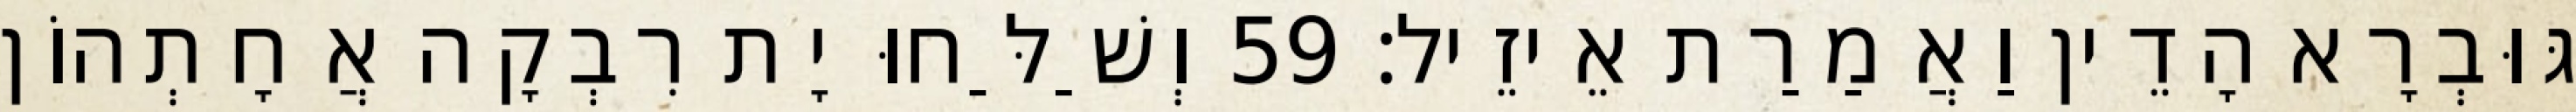
גּוּבְרָא הָדֵין וַאֲמַרַת אֵיזֵיל׃ 59 וְשַׁלַּחוּ יָת רִבְקָה אֲחָתְהוֹן